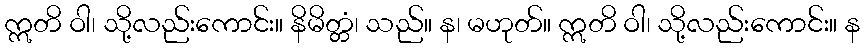
ဣတိ ဝါ၊ သို့လည်းကောင်း။ နိမိတ္တံ၊ သည်။ န၊ မဟုတ်။ ဣတိ ဝါ၊ သို့လည်းကောင်း။ န